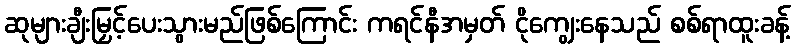
ဆုများချီးမြှင့်ပေးသွားမည်ဖြစ်ကြောင်း ကရင်နီအမှတ် ငိုကျွေးနေသည် စစ်ရာထူးခန့်